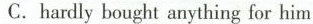
C. hardly bought anything for him